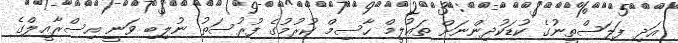
އަދި ފަލަސްތީނުގެ ކުޑަކުދިންނަށް ތަޢުލީމް ހާސިމް ކުރުމުގެ ފުރުސަތު ނުލިބި ވަނީ އިސްރާއީލްގެ